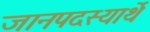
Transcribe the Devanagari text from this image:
जानपदस्यार्थे